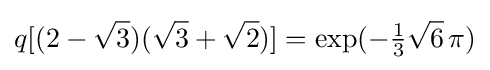
q[(2-{\sqrt {3}})({\sqrt {3}}+{\sqrt {2}})]=\exp(-{\tfrac {1}{3}}{\sqrt {6}}\,\pi )